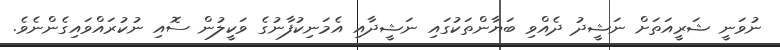
ނުވަނީ ޝަރީއަތަށް ނަޝީދު ދެއްވި ބަޔާންތަކުގައި ނަޝީދާއި އެމަނިކުފާނުގެ ވަކީލުން ސޮއި ނުކުރައްވައިގެންނެވެ.